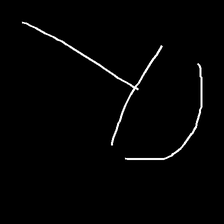
Glyph: dispersion